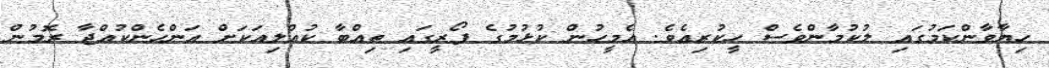
ހިޔާވާންކަމުގައި ލުކުމާންވެސް ހީކުރިއެވެ. އެމީހުން ކުޅުމުގެ ފޯރީގައި ތިއްބާ ކުއްލިއަކަށް އަންހެންކުއްޖާ ރޮމުން